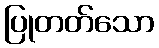
ပြုတတ်သော